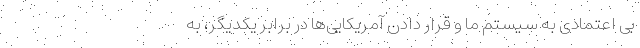
بی اعتمادی به سیستم ما و قرار دادن آمریکایی‌ها در برابر یکدیگر، به